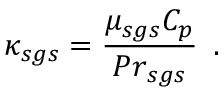
\kappa _ { s g s } = \frac { \mu _ { s g s } C _ { p } } { { P r } _ { s g s } } \, \mathrm { ~ . ~ }